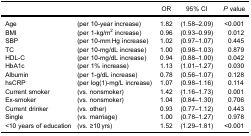
<table><thead><tr><td><b> </b></td><td><b> </b></td><td><b>OR</b></td><td><b>95% CI</b></td><td><b><i>P</i> value</b></td></tr></thead><tbody><tr><td>Age</td><td>(per 10-year increase)</td><td>1.82</td><td>(1.58–2.09)</td><td>&lt;0.001</td></tr><tr><td>BMI</td><td>(per 1-kg/m<sup>2</sup> increase)</td><td>0.96</td><td>(0.93–0.99)</td><td>0.012</td></tr><tr><td>SBP</td><td>(per 10-mm Hg increase)</td><td>1.02</td><td>(0.97–1.07)</td><td>0.445</td></tr><tr><td>TC</td><td>(per 10-mg/dL increase)</td><td>1.00</td><td>(0.98–1.03)</td><td>0.879</td></tr><tr><td>HDL-C</td><td>(per 10-mg/dL increase)</td><td>0.94</td><td>(0.88–1.00)</td><td>0.042</td></tr><tr><td>HbA1c</td><td>(per 1% increase)</td><td>1.13</td><td>(1.01–1.27)</td><td>0.030</td></tr><tr><td>Albumin</td><td>(per 1-g/dL increase)</td><td>0.78</td><td>(0.56–1.07)</td><td>0.128</td></tr><tr><td>hsCRP</td><td>(per log(1)-mg/L increase)</td><td>1.07</td><td>(0.98–1.16)</td><td>0.114</td></tr><tr><td>Current smoker</td><td>(vs. nonsmoker)</td><td>1.42</td><td>(1.16–1.73)</td><td>0.001</td></tr><tr><td>Ex-smoker</td><td>(vs. nonsmoker)</td><td>1.04</td><td>(0.84–1.30)</td><td>0.706</td></tr><tr><td>Current drinker</td><td>(vs. other)</td><td>0.93</td><td>(0.77–1.12)</td><td>0.443</td></tr><tr><td>Single</td><td>(vs. marriage)</td><td>1.00</td><td>(0.78–1.27)</td><td>0.978</td></tr><tr><td>&lt;10 years of education</td><td>(vs. ≥10 yrs)</td><td>1.52</td><td>(1.29–1.81)</td><td>&lt;0.001</td></tr></tbody></table>